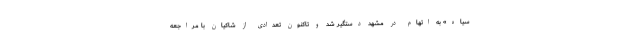
سیاه» به اتهام در مشهد دستگیر شد و تاکنون تعدادی از شاکیان با مراجعه